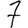
Digit: 7